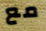
مع